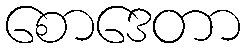
စောဒေတာ